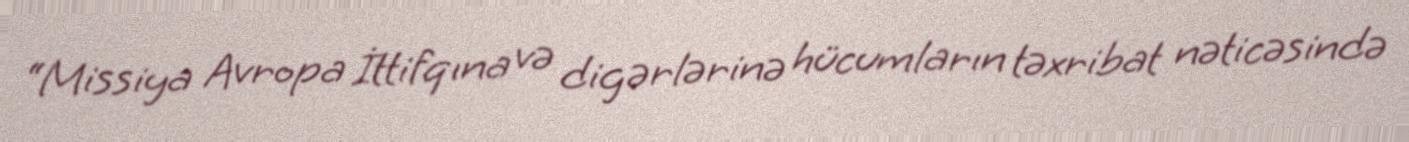
“Missiya Avropa İttifqına və digərlərinə hücumların təxribat nəticəsində